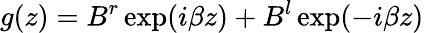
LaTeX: g(z)=B^{r}\exp(i\beta z)+B^{l}\exp(-i\beta z)